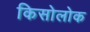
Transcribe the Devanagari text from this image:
किसोलोक